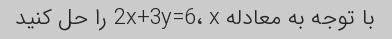
با توجه به معادله 2x+3y=6، x را حل کنید